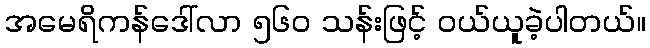
အမေရိကန်ဒေါ်လာ ၅၆၀ သန်းဖြင့် ဝယ်ယူခဲ့ပါတယ်။